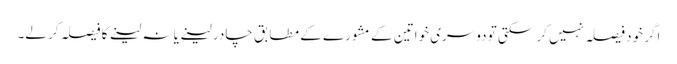
اگر خود فیصلہ نہیں کر سکتی تو دوسری خواتین کے مشورے کے مطابق چادر لینے یا نہ لینے کا فیصلہ کر لے۔